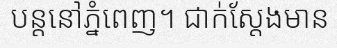
បន្តនៅភ្នំពេញ។ ជាក់ស្តែងមាន